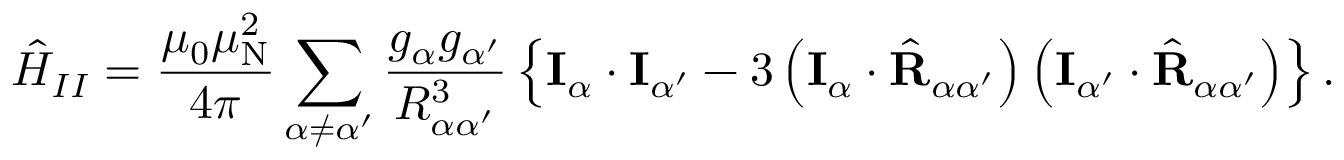
{ \hat { H } } _ { I I } = { \frac { \mu _ { 0 } \mu _ { \mathrm { N } } ^ { 2 } } { 4 \pi } } \sum _ { \alpha \neq \alpha ^ { \prime } } { \frac { g _ { \alpha } g _ { \alpha ^ { \prime } } } { R _ { \alpha \alpha ^ { \prime } } ^ { 3 } } } \left\{ \mathbf { I } _ { \alpha } \cdot \mathbf { I } _ { \alpha ^ { \prime } } - 3 \left( \mathbf { I } _ { \alpha } \cdot { \hat { \mathbf { R } } } _ { \alpha \alpha ^ { \prime } } \right) \left( \mathbf { I } _ { \alpha ^ { \prime } } \cdot { \hat { \mathbf { R } } } _ { \alpha \alpha ^ { \prime } } \right) \right\} .